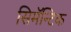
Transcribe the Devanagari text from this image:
सिमॅन्टिक